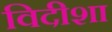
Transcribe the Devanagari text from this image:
विदीशा